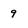
Character: 9